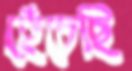
হেঁচেছি